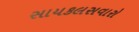
સાયકલસવારો